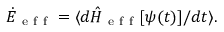
\dot { E } _ { \mathrm { ~ e ~ f ~ f ~ } } = \langle d \hat { H } _ { \mathrm { ~ e ~ f ~ f ~ } } [ \psi ( t ) ] / d t \rangle .